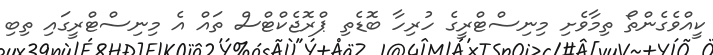
ކީއްވެގެންތޯ ތިމާވެށި މިނިސްޓްރީގެ ހުރިހާ ބޮޑެތި ޕްރޮޖެކްޓްސް ތައް އެ މިނިސްޓްރީގައި ތިބި